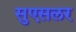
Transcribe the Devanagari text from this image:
सुएसलर